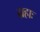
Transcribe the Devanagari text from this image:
ग्रहाः